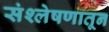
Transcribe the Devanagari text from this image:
संश्लेषणातून